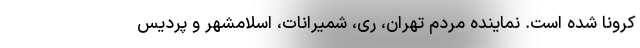
کرونا شده است. نماینده مردم تهران، ری، شمیرانات، اسلامشهر و پردیس